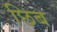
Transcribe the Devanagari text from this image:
छिब